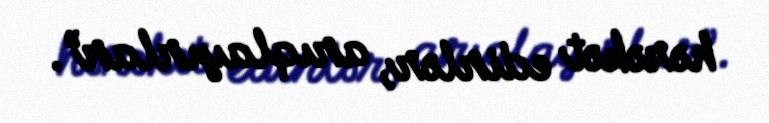
hərəkət edirlər, arıqlayırlar”.